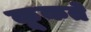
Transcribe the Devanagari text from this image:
कूकते